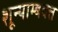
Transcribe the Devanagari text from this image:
शून्याम्बक्त